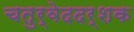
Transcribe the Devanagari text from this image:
चतुर्वेददर्शक